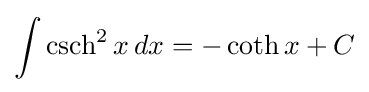
\int \operatorname {csch} ^{2}x\,dx=-\operatorname {coth} x+C